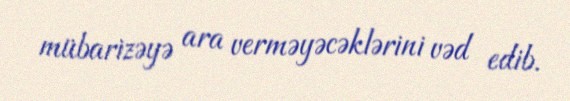
mübarizəyə ara verməyəcəklərini vəd edib.